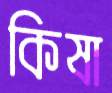
কিষা